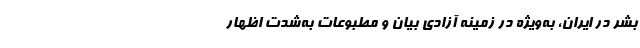
بشر در ایران، به‌ویژه در زمینه آزادی بیان و مطبوعات به‌شدت اظهار